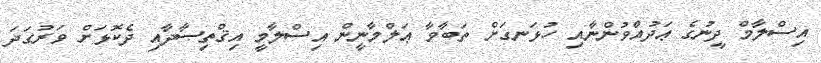
އިސްލާމް ދީނުގެ ޢަދުއްވުންނާއި ހުޅަނގަށް ތަބާވާ ޢަލްމާނީން އިސްލާމީ އިޤްތިޞާދާއި ދެކޮޅަށް ވަރުގަދަ